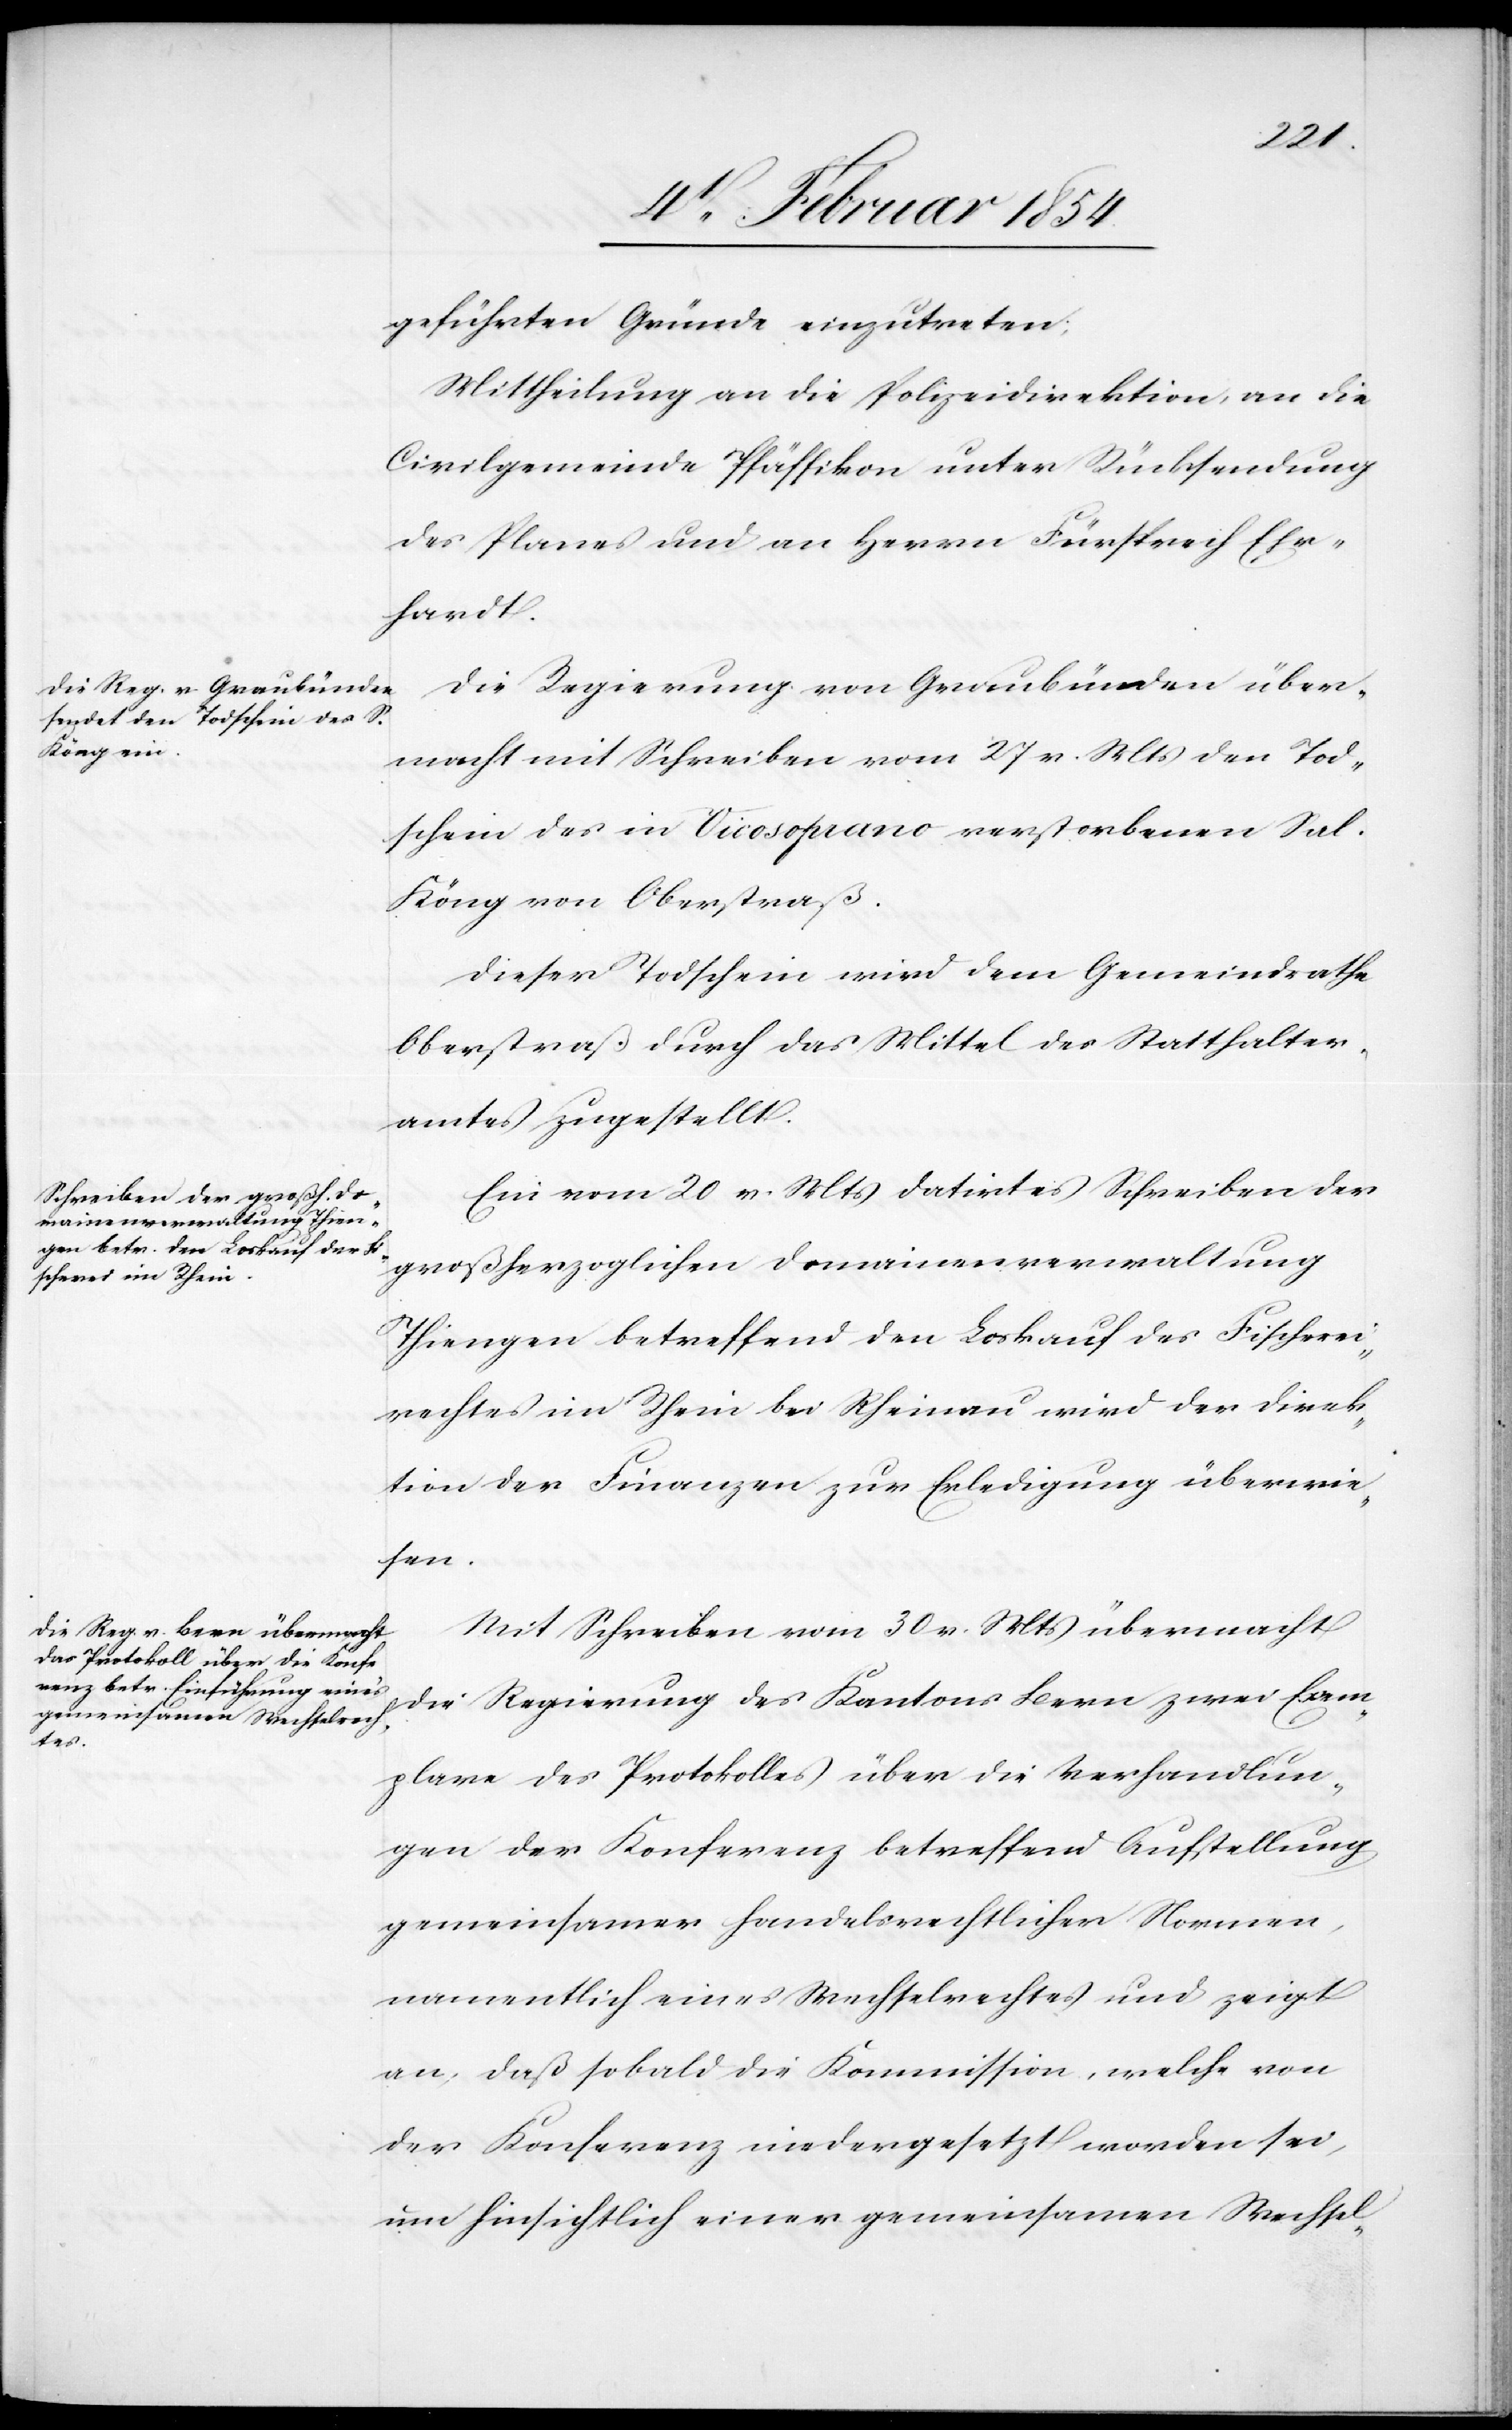
geführten Gründe einzutreten;
Mittheilung an die Polizeidirektion, an die
Civilgemeinde Pfäffikon unter Rücksendung
des Planes und an Herrn Fürsprech Ehr¬
hardt.
Die Regierung von Graubünden über¬
macht mit Schreiben vom 27 v. Mts den Tod¬
schein des in Vicosoprano verstorbenen Sal.
Köng von Oberstraß.
Dieser Todschein wird dem Gemeindrathe
Oberstraß durch da Mittel des Statthalter¬
amtes zugstellt.
Ein vom 20 v. Mts datirtes Schreiben der
großherzoglichen Domainenverwaltung
Thiengen betreffend den Loskauf des Fischerei¬
rechtes im Rhein bei Rheinau wird der Direk¬
tion der Finanzen zur Erledigung überwie¬
sen.
Mit Schreiben vom 30 v. Mts übermacht
die Regierung des Kantons Bern zwei Exem¬
plare des Protokolles über die Verhandlun¬
gen der Konferenz betreffend Aufstellung
gemeinsamer handelsrechtlicher Normen,
namentlich eines Wechselrechtes und zeigt
an, daß sobald die Kommission, welche von
der Konferenz niedergesetzt worden sei,
um hinsichtlich einer gemeinsamen Wechsel-